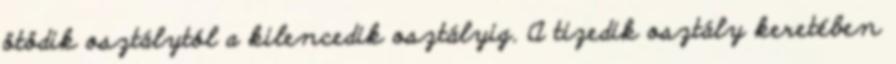
ötödik osztálytól a kilencedik osztályig. A tizedik osztály keretében